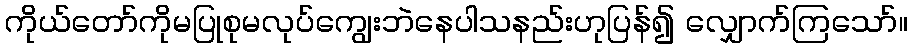
ကိုယ်တော်ကိုမပြုစုမလုပ်ကျွေးဘဲနေပါသနည်းဟုပြန်၍ လျှောက်ကြသော်။